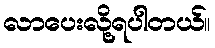
လာပေးလို့ရပါတယ်။